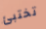
تختبئ